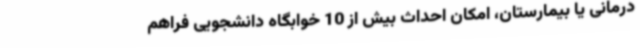
درمانی یا بیمارستان، امکان احداث بیش از 10 خوابگاه دانشجویی فراهم